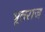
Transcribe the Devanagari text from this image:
भूतराज